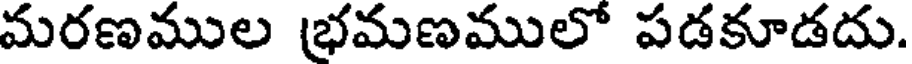
మరణముల భమణములో పడకూడదు.